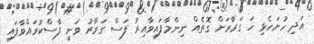
އަދި ހުށަހެޅި ހަ ގަރާރަށް ގޮތެއް ނިންމާފައިވާއިރު ފަސް ގަރާރު ވަނީ ފާސްކުރައްވާފައި